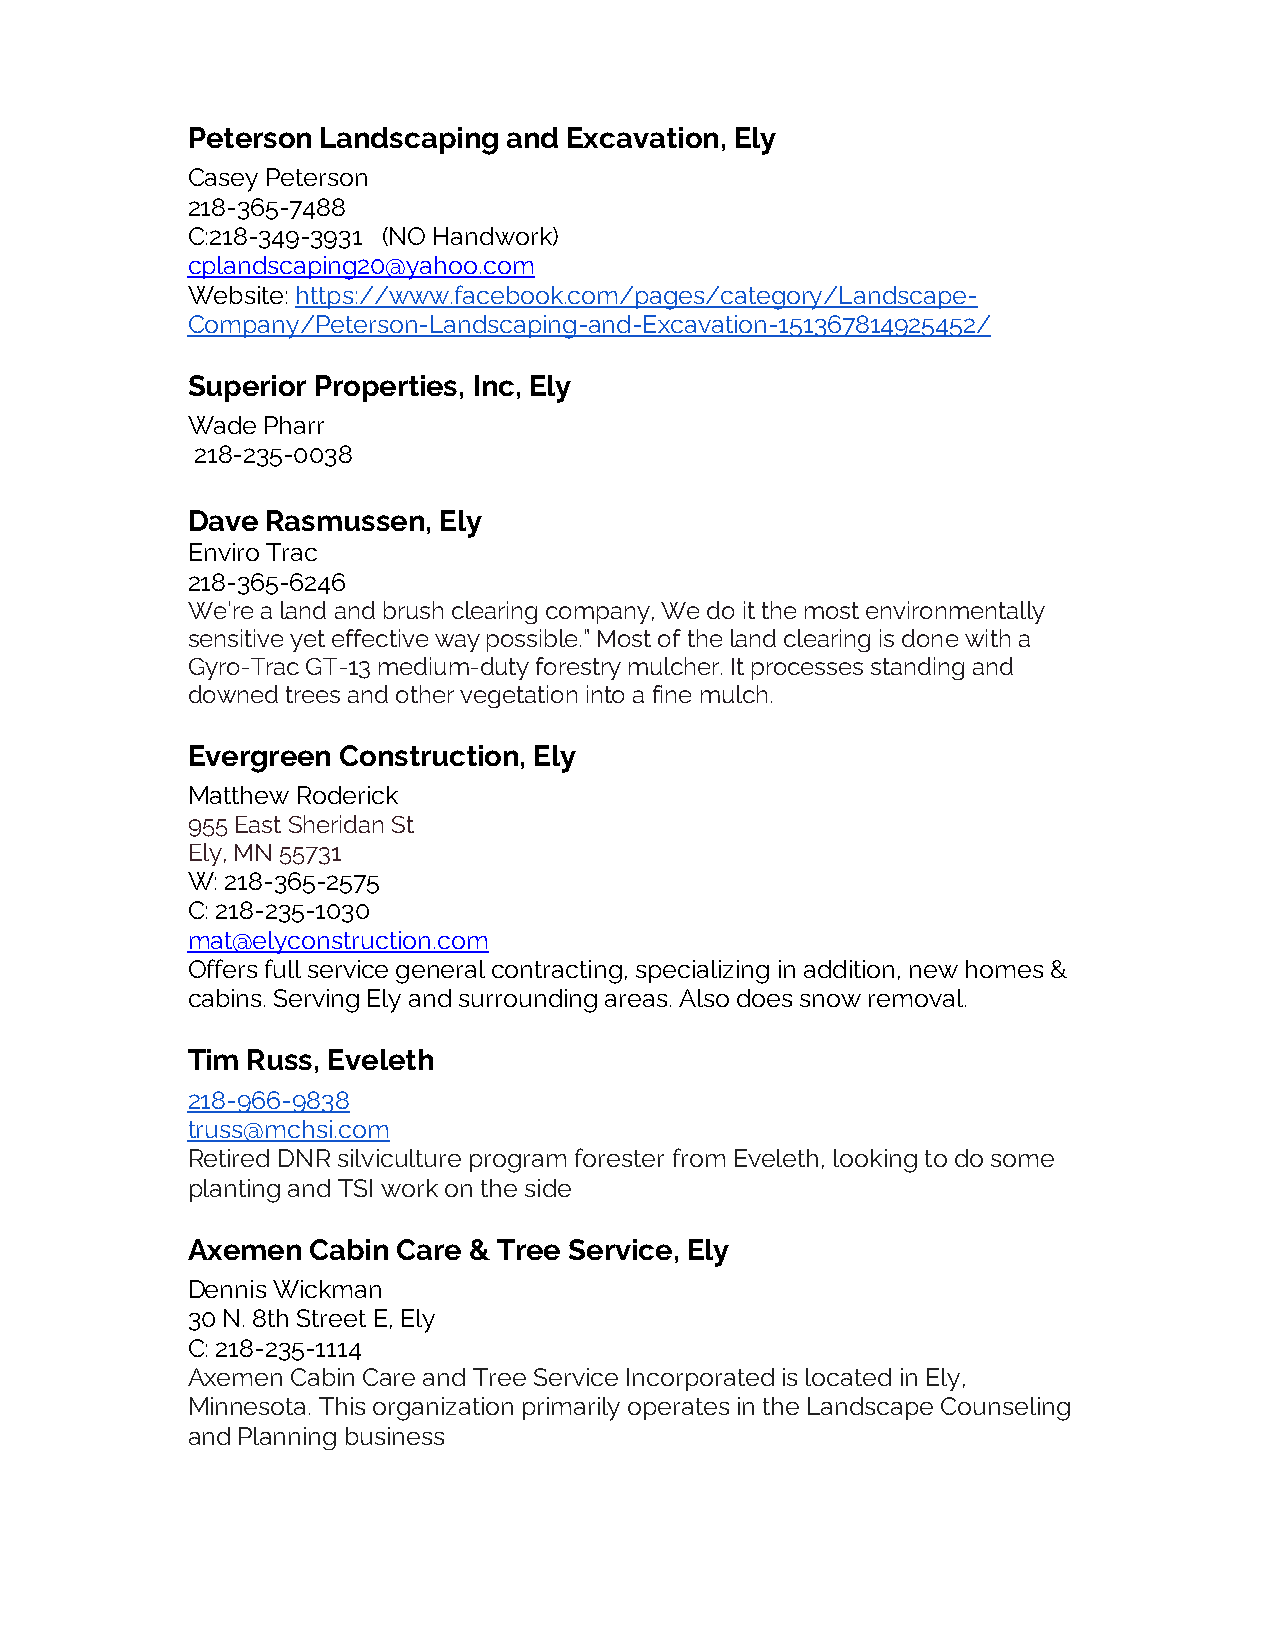
Peterson Landscaping  and Excavation, Ely
 Casey Peterson
 218-365-7488
 C:218-349-3931 (NO Handwork)
 cplandscaping20@yahoo.com
 Website: https://www.facebook.com/pages/category/Landscape-
 Company/Peterson-Landscaping-and-Excavation-151367814925452/
 Superior Properties, Inc, Ely
 Wade Pharr
 218-235-0038
 Dave  Rasmussen, Ely
 Enviro Trac
 218-365-6246
 We’re a land and brush clearing company, We do it the most environmentally
 sensitive yet effective way possible.” Most of the land clearing is done with a
 Gyro-Trac GT-13 medium-duty forestry mulcher. It processes standing and
 downed trees and other vegetation into a fine mulch.
 Evergreen Construction, Ely
 Matthew Roderick
 955 East Sheridan St
 Ely, MN 55731
 W: 218-365-2575
 C: 218-235-1030
 mat@elyconstruction.com
 Offers full service general contracting, specializing in addition, new homes &
 cabins. Serving Ely and surrounding areas. Also does snow removal.
 Tim Russ, Eveleth
 218-966-9838
 truss@mchsi.com
 Retired DNR silviculture program forester from Eveleth, looking to do some
 planting and TSI work on the side
 Axemen  Cabin Care & Tree Service, Ely
 Dennis Wickman
 30 N. 8th Street E, Ely
 C: 218-235-1114
 Axemen Cabin Care and Tree Service Incorporated is located in Ely,
 Minnesota. This organization primarily operates in the Landscape Counseling
 and Planning business